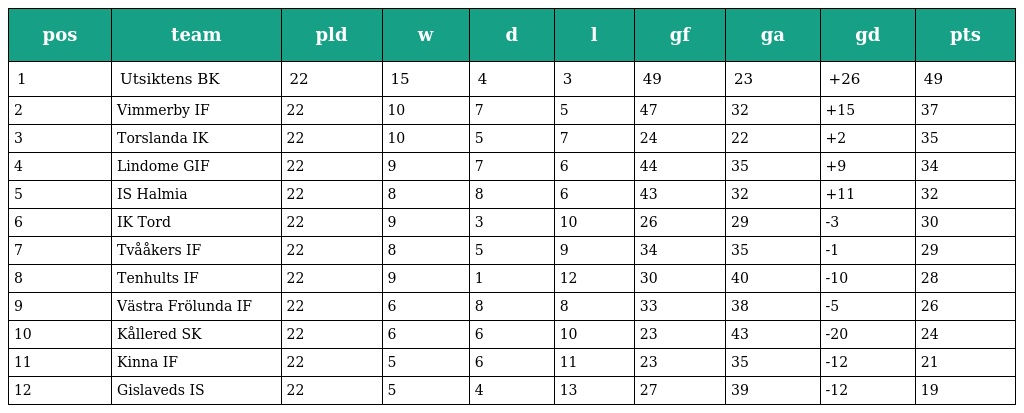
| pos | team | pld | w | d | l | gf | ga | gd | pts |
 | --- | --- | --- | --- | --- | --- | --- | --- | --- | --- |
 | 1 | Utsiktens BK | 22 | 15 | 4 | 3 | 49 | 23 | +26 | 49 |
 | 2 | Vimmerby IF | 22 | 10 | 7 | 5 | 47 | 32 | +15 | 37 |
 | 3 | Torslanda IK | 22 | 10 | 5 | 7 | 24 | 22 | +2 | 35 |
 | 4 | Lindome GIF | 22 | 9 | 7 | 6 | 44 | 35 | +9 | 34 |
 | 5 | IS Halmia | 22 | 8 | 8 | 6 | 43 | 32 | +11 | 32 |
 | 6 | IK Tord | 22 | 9 | 3 | 10 | 26 | 29 | -3 | 30 |
 | 7 | Tvååkers IF | 22 | 8 | 5 | 9 | 34 | 35 | -1 | 29 |
 | 8 | Tenhults IF | 22 | 9 | 1 | 12 | 30 | 40 | -10 | 28 |
 | 9 | Västra Frölunda IF | 22 | 6 | 8 | 8 | 33 | 38 | -5 | 26 |
 | 10 | Kållered SK | 22 | 6 | 6 | 10 | 23 | 43 | -20 | 24 |
 | 11 | Kinna IF | 22 | 5 | 6 | 11 | 23 | 35 | -12 | 21 |
 | 12 | Gislaveds IS | 22 | 5 | 4 | 13 | 27 | 39 | -12 | 19 |